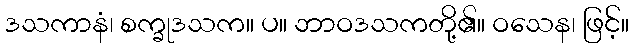
ဒသကာနံ၊ စက္ခုဒသက။ ပ။ ဘာဝဒသကတို့၏။ ဝသေန၊ ဖြင့်။